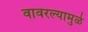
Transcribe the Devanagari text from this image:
वावरल्यामुळे